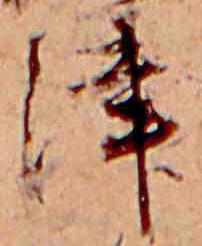
津